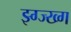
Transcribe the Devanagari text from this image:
झ्ग्ज्ख्ग